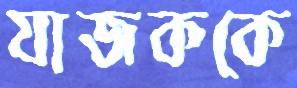
যাজককে